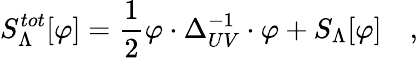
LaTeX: S_{\Lambda}^{tot}[\varphi]={\frac{1}{2}}\varphi\cdot{\Delta_{UV}^{-1}}\cdot\varphi+S_{\Lambda}[\varphi]\quad,